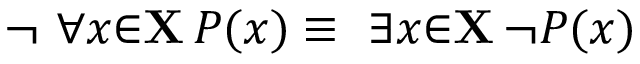
\lnot \ \forall { x } { \in } \mathbf { X } \, P ( x ) \equiv \ \exists { x } { \in } \mathbf { X } \, \lnot P ( x )